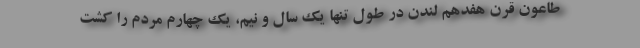
طاعون قرن هفدهم لندن در طول تنها یک سال و نیم، یک چهارم مردم را کشت